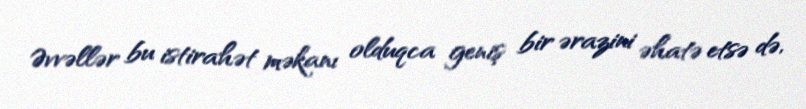
Əvvəllər bu istirahət məkanı olduqca geniş bir ərazini əhatə etsə də,